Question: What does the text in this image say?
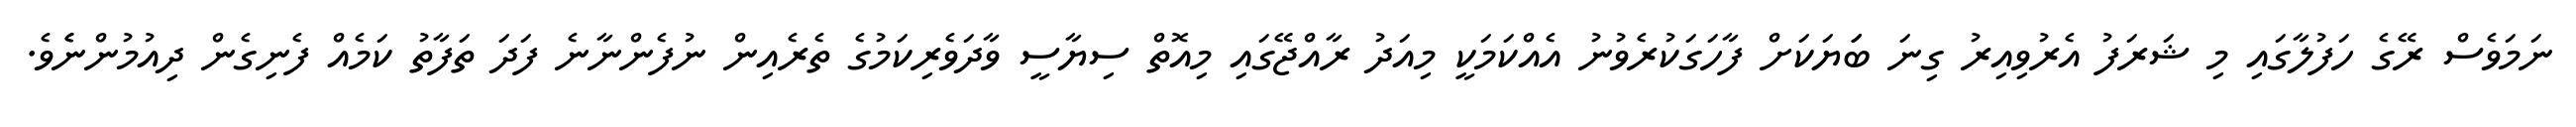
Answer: ނަމަވެސް ރޭގެ ހަފުލާގައި މި ޝަރަފު އެރުވިއިރު ގިނަ ބަަޔަކަށް ފާހަގަކުރެވުނު އެއްކަމަކީ މިއަދު ރާއްޖޭގައި މިއޮތް ސިޔާސީ ވާދަވެރިކަމުގެ ތެރެއިން ނުފެންނާނެ ފަދަ ތަފާތު ކަމެއް ފެނިގެން ދިއުމުންނެެވެ.